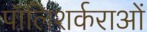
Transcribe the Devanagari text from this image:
पॉलिशर्कराओं